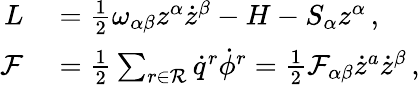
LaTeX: \begin{array}{rl}{L}&{{}=\frac{1}{2}\omega_{\alpha\beta}z^{\alpha}\dot{z}^{\beta}-H-S_{\alpha}{z}^{\alpha}\, ,}\\ {\mathcal{F}}&{{}=\frac{1}{2}\sum_{r\in\mathcal{R}}\dot{q}^{r}\dot{\phi}^{r}=\frac{1}{2}\mathcal{F}_{\alpha\beta}\dot{z}^{a}\dot{z}^{\beta}\, ,}\end{array}